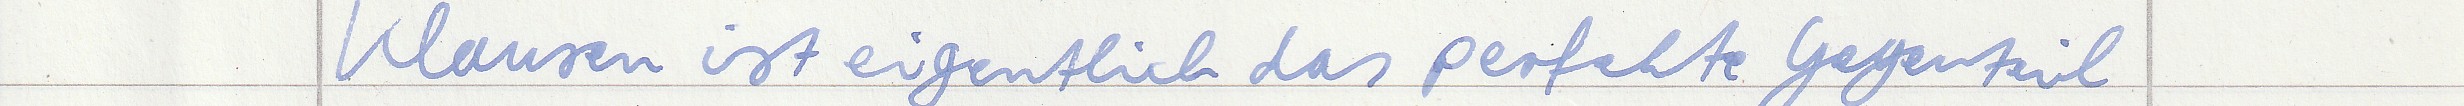
Klausen ist eigentlich das perfekte Gegenteil